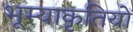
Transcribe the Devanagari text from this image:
भूम्याकृतियों